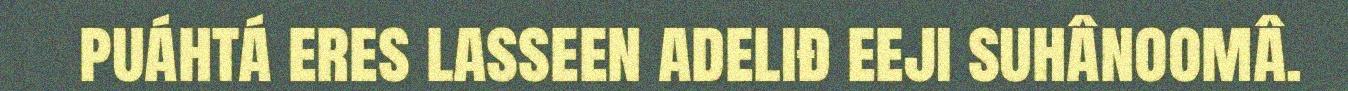
puáhtá eres lasseen adeliđ eeji suhânoomâ.